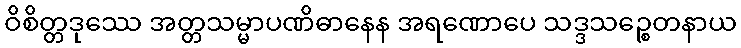
ဝိစိတ္တဒုဿေ အတ္တသမ္မာပဏိဓာနေန အရဏောပေ သဒ္ဒသဉ္စေတနာယ